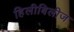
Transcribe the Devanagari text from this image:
हिलीबिलीज